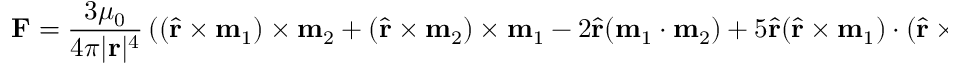
\mathbf { F } = { \frac { 3 \mu _ { 0 } } { 4 \pi | \mathbf { r } | ^ { 4 } } } \left( ( { \hat { \mathbf { r } } } \times \mathbf { m } _ { 1 } ) \times \mathbf { m } _ { 2 } + ( { \hat { \mathbf { r } } } \times \mathbf { m } _ { 2 } ) \times \mathbf { m } _ { 1 } - 2 { \hat { \mathbf { r } } } ( \mathbf { m } _ { 1 } \cdot \mathbf { m } _ { 2 } ) + 5 { \hat { \mathbf { r } } } ( { \hat { \mathbf { r } } } \times \mathbf { m } _ { 1 } ) \cdot ( { \hat { \mathbf { r } } } \times \mathbf { m } _ { 2 } ) \right) .